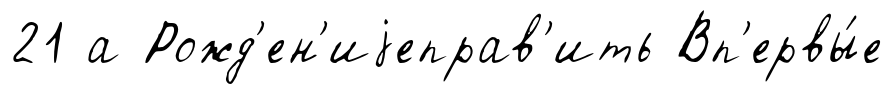
21 а Рожд'ен'иjеправ'ить Вп'ервы́е